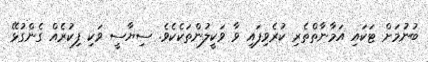
ބުނުމަށް ޓަކައި އަމާނާތްތެރި ކުރެވިފައި ވާ ވަކީލުންތަކެކެވެ. ސިޔާސީ ވަކި ފިކުރެއް ގެންގުޅޭ